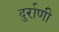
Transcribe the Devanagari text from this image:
दुर्राणी